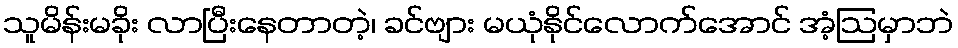
သူမိန်းမခိုး လာပြီးနေတာတဲ့၊ ခင်ဗျား မယုံနိုင်လောက်အောင် အံ့ဩမှာဘဲ